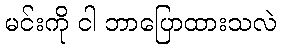
မင်းကို ငါ ဘာပြောထားသလဲ